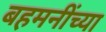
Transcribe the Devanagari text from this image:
बहमनींच्या